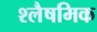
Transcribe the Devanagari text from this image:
श्लैषमिक